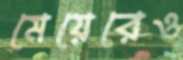
মেয়েরেও